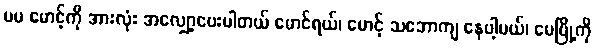
မမ မောင့်ကို အားလုံး အလျှော့ပေးပါတယ် မောင်ရယ်၊ မောင့် သဘောကျ နေပါ့မယ်၊ မေမြို့ကို